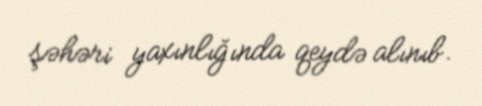
şəhəri yaxınlığında qeydə alınıb.